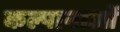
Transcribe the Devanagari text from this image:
कल्पानाओं